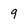
Character: 9